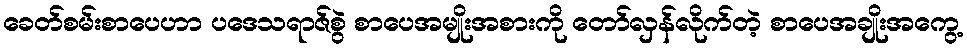
ခေတ်စမ်းစာပေဟာ ပဒေသရာဇ်စွဲ စာပေအမျိုးအစားကို တော်လှန်လိုက်တဲ့ စာပေအချိုးအကွေ့